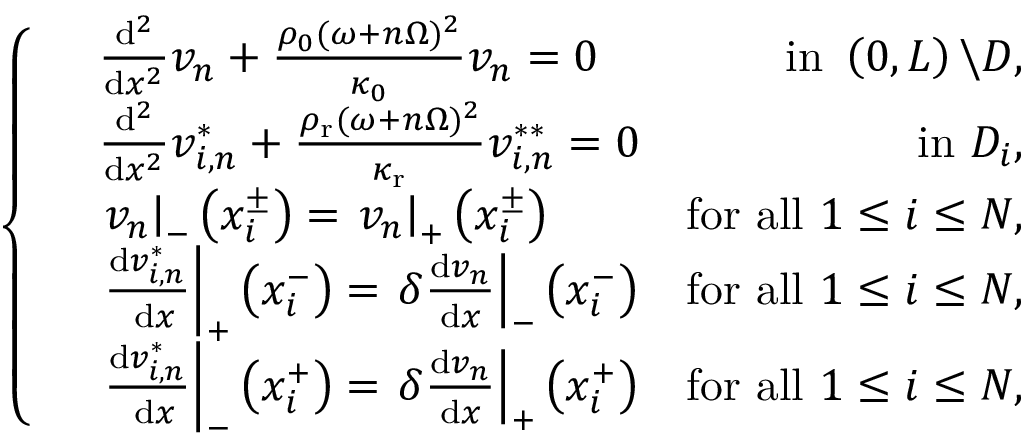
\left\{ \begin{array} { r l r } & { \frac { \mathrm { d } ^ { 2 } } { \mathrm { d } x ^ { 2 } } v _ { n } + \frac { \rho _ { 0 } ( \omega + n \Omega ) ^ { 2 } } { \kappa _ { 0 } } v _ { n } = 0 } & { \mathrm { ~ i n ~ } \left( 0 , L \right) \backslash D , } \\ & { \frac { \mathrm { d } ^ { 2 } } { \mathrm { d } x ^ { 2 } } v _ { i , n } ^ { * } + \frac { \rho _ { \mathrm { r } } ( \omega + n \Omega ) ^ { 2 } } { \kappa _ { \mathrm { r } } } v _ { i , n } ^ { * * } = 0 } & { \mathrm { i n ~ } D _ { i } , } \\ & { \left. v _ { n } \right| _ { - } \left( x _ { i } ^ { \pm } \right) = \left. v _ { n } \right| _ { + } \left( x _ { i } ^ { \pm } \right) } & { \mathrm { f o r ~ a l l ~ } 1 \leq i \leq N , } \\ & { \left. \frac { \mathrm { d } v _ { i , n } ^ { * } } { \mathrm { ~ d } x } \right| _ { + } \left( x _ { i } ^ { - } \right) = \left. \delta \frac { \mathrm { d } v _ { n } } { \mathrm { d } x } \right| _ { - } \left( x _ { i } ^ { - } \right) } & { \mathrm { f o r ~ a l l ~ } 1 \leq i \leq N , } \\ & { \left. \frac { \mathrm { d } v _ { i , n } ^ { * } } { \mathrm { ~ d } x } \right| _ { - } \left( x _ { i } ^ { + } \right) = \left. \delta \frac { \mathrm { d } v _ { n } } { \mathrm { d } x } \right| _ { + } \left( x _ { i } ^ { + } \right) } & { \mathrm { f o r ~ a l l ~ } 1 \leq i \leq N , } \end{array} \right.